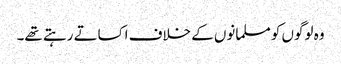
وہ لوگوں کو مسلمانوں کے خلاف اکساتے رہتے تھے۔